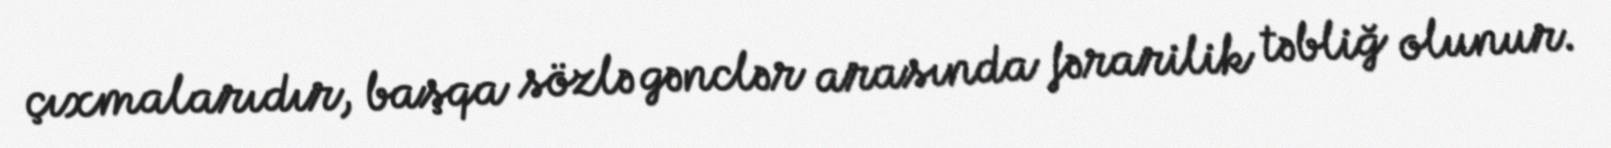
çıxmalarıdır, başqa sözlə gənclər arasında fərarilik təbliğ olunur.